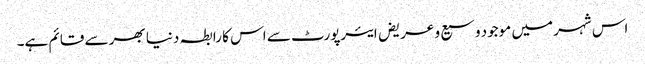
اس شہر میں موجود وسیع و عریض ایئرپورٹ سے اس کا رابطہ دنیا بھر سے قائم ہے۔